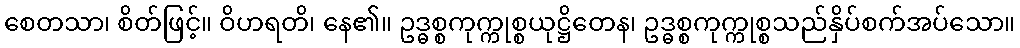
စေတသာ၊ စိတ်ဖြင့်။ ဝိဟရတိ၊ နေ၏။ ဥဒ္ဓစ္စကုက္ကုစ္စယုဋ္ဌိတေန၊ ဥဒ္ဓစ္စကုက္ကုစ္စသည်နှိပ်စက်အပ်သော။